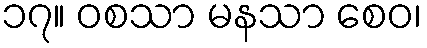
၁၇။ ဝစသာ မနသာ စေဝ၊